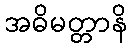
အဓိမတ္တာနိ